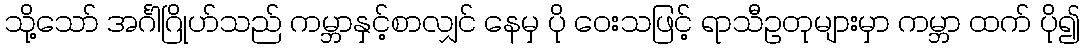
သို့သော် အင်္ဂါဂြိုဟ်သည် ကမ္ဘာနှင့်စာလျှင် နေမှ ပို ဝေးသဖြင့် ရာသီဥတုများမှာ ကမ္ဘာ ထက် ပို၍